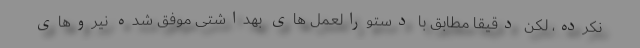
نکرده، لکن دقیقا مطابق با دستورالعمل های بهداشتی موفق شده نیروهای